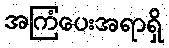
အကြံပေးအရာရှိ